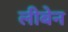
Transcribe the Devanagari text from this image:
लीबेन